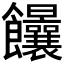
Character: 𩟻